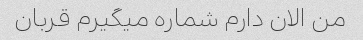
من الان دارم شماره میگیرم قربان